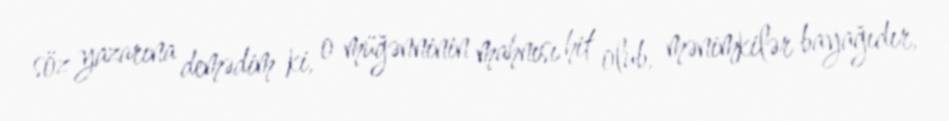
söz yazarına demədim ki, o müğənninin mahnısı hit olub, mənimkilər bayağıdır,